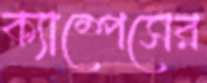
ক্যাম্পেসের